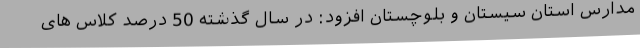
مدارس استان سیستان و بلوچستان افزود: در سال گذشته 50 درصد کلاس های